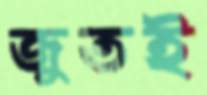
জুতই